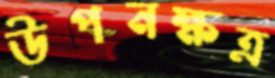
উপনক্ষত্র